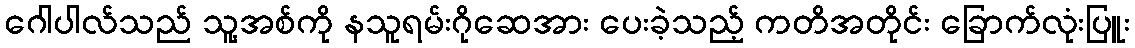
ဂေါပါလ်သည် သူ့အစ်ကို နသူရမ်းဂိုဆေအား ပေးခဲ့သည့် ကတိအတိုင်း ခြောက်လုံးပြူး